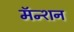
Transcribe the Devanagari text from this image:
मॅन्शन